Leaving Certificate Examination, 1925
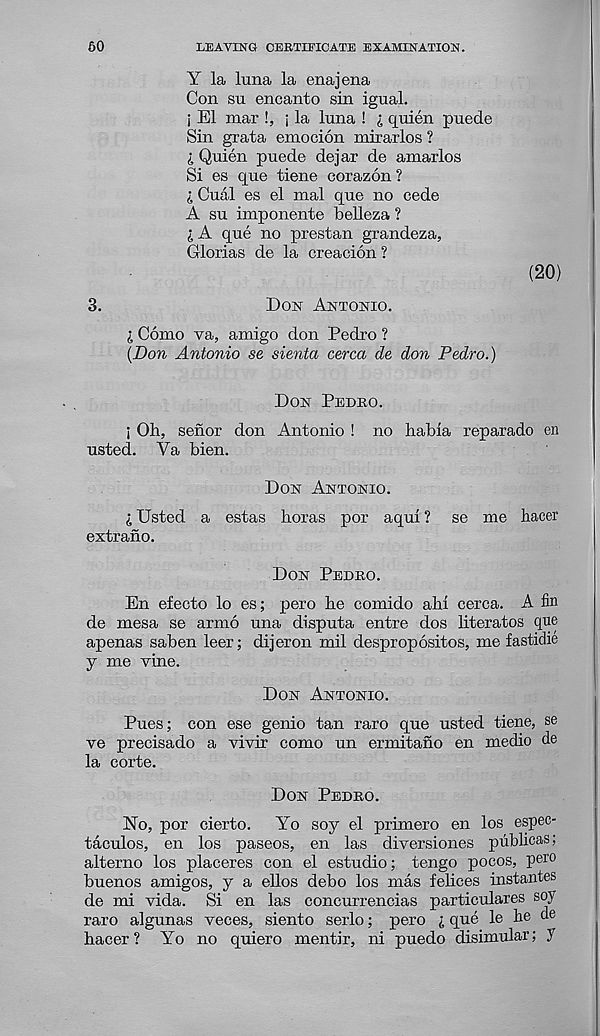
60
LEAVING CERTIFICATE EXAMINATION.
Y la luna la enajena
Con su encanto sin igual.
i El mar !, j la luna ! I quien puede
Sin grata emocion mirarlos ?
i Quien puede dejar de amarlos
Si es que tiene corazon ?
I Cual es el mal que no cede
A su imponente belleza ?
i A que no prestan grandeza,
Glorias de la creacion ?
3.
Don Antonio.
I Como va, amigo don Pedro ?
(Don Antonio se sienta cerca de don Pedro.)
(20)
Don Pedro.
; Oh, senor don Antonio ! no habia reparado en
usted. Va bien.
Don Antonio.
I Usted a estas boras por aqui ? se me hacer
extrano.
Don Pedro.
En efecto lo es; pero he comido ahi cerca. A fin
de mesa se armo una disputa entre dos literates que
apenas saben leer; dijeron mil despropositos, me fastidie
y me vine.
Don Antonio.
Pues; con ese genio tan raro que usted tiene, se
ve precisado a vivir como un ermitano en medio de
la corte.
Don Pedro.
No, por cierto.
Yo soy el primero en los espec-
taculos, en los paseos, en las diversiones pubheas;
alterno los placeres con el estudio; tengo pocos, pern
buenos amigos, y a ellos debo los mas felices instantes
de mi vida. Si en las concurrencias particulares soy
raro algunas veces, siento serlo; pero i que le he de
hacer? Yo no quiero mentir, ni puedo disimular; y